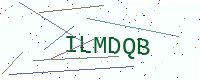
Text: ILMDQB